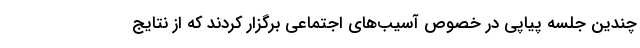
چندین جلسه پیاپی در خصوص آسیب‌های اجتماعی برگزار کردند که از نتایج